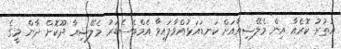
އުތުރު ކޮރެއާ އިން މެލޭޝިއާއަށް ކަނޑައަޅުއްވާފައިވާ އެމްބެސެޑަރު މެލޭޝިއާ ދޫކޮށް ދާން މީގެ